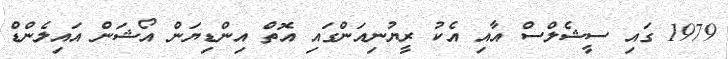
1979 ގައި ސީޝެލްސް އާއި އެކު ރީޔުނިއަންގައި އޮތް އިންޑިޔަން އޯޝަން އައިލެންޑް